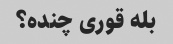
بله قوری چنده؟